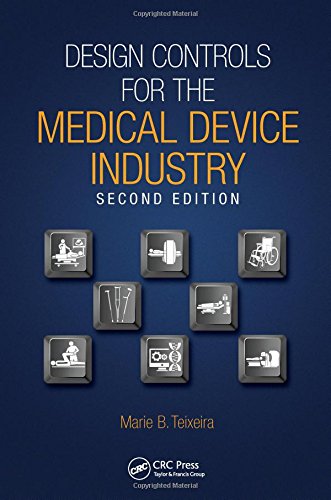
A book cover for Design Controls for the Medical Device Industry, Second Edition; Marie B. Teixeira; Medical Books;